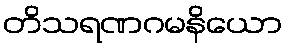
တိသရဏဂမနိယော